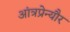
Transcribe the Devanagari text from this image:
आंत्रप्रेन्यौर